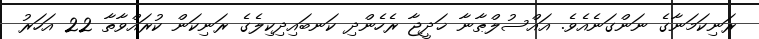
ރަނިކަމަނާގެ ނަންގަނެއެވެ. އައްސުލްޠާނާ ޚަދީޖާ ރެހެންދި ކަނބައިދިކިލެގެ ރަނިކަން ކުރައްވާތާ 22 އަހަރު